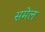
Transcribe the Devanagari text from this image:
समेल